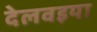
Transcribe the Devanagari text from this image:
देलवइया